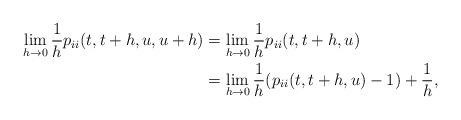
LaTeX: \begin{align*}\lim_{h\to0}\frac{1}{h} p_{ii}(t,t+h,u,u+h)&=\lim_{h\to0}\frac{1}{h} p_{ii}(t,t+h,u)\\&=\lim_{h\to0}\frac{1}{h} (p_{ii}(t,t+h,u)-1)+\frac{1}{h},\end{align*}